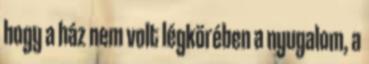
hogy a ház nem volt légkörében a nyugalom, a